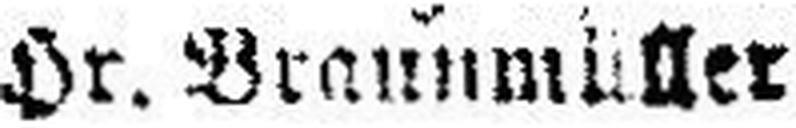
Hr. Brannmüller